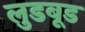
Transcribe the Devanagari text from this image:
लुडबूड